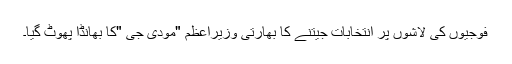
فوجیوں کی لاشوں پر انتخابات جیتنے کا بھارتی وزیراعظم "مودی جی "کا بھانڈا پھوٹ گیا۔